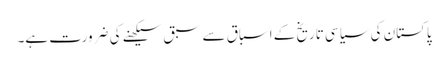
پاکستان کی سیاسی تاریخ کے اسباق سے سبق سیکھنے کی ضرورت ہے۔